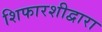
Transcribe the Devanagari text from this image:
शिफारशीद्वारा